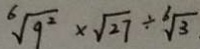
\sqrt [ 6 ] { 9 ^ { 2 } } \times \sqrt { 2 7 } \div \sqrt [ 6 ] { 3 }